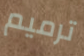
ترميم